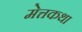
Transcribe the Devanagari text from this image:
मेत्तकथा